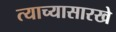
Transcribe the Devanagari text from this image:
त्याच्यासारखे